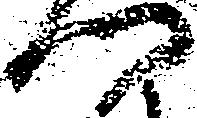
門